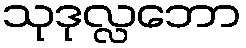
သုဒုလ္လဘော